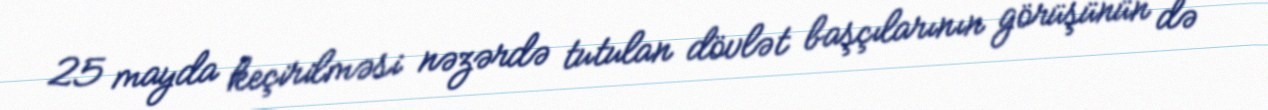
25 mayda keçirilməsi nəzərdə tutulan dövlət başçılarının görüşünün də